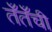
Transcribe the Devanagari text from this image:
तँतँची